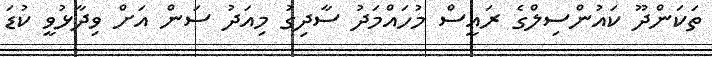
ތަކަންދޫ ކައުންސިލްގެ ރައީސް މުހައްމަދު ސާދިގު މިއަދު ސަން އަށް ވިދާޅުވީ ކުޑަ